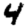
Digit: 4